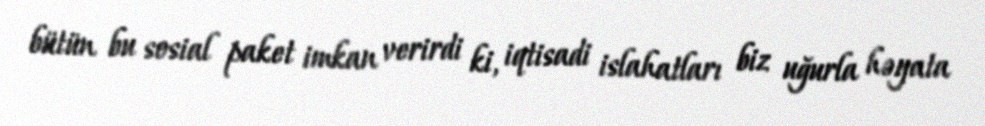
bütün bu sosial paket imkan verirdi ki, iqtisadi islahatları biz uğurla həyata